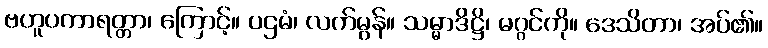
ဗဟူပကာရတ္တာ၊ ကြောင့်။ ပဌမံ၊ လက်မွန်။ သမ္မာဒိဋ္ဌိ၊ မဂ္ဂင်ကို။ ဒေသိတာ၊ အပ်၏။